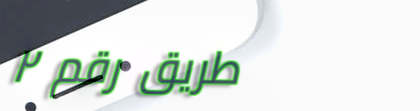
طريق رقم ٢